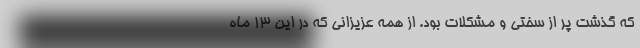
که گذشت پر از سختی و مشکلات بود. از همه عزیزانی که در این ۱۳ ماه